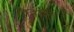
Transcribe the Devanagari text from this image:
निमकॉफ